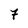
Character: 7